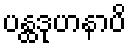
ပန္ထဒုဟနာပိ